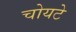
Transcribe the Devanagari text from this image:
चोयटे